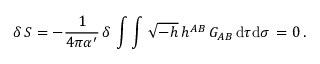
\delta \, S = - \frac { 1 } { 4 \pi { \alpha } ^ { \prime } } \, \delta \, \int \int \, \sqrt { - h } \, h ^ { A B } \, G _ { A B } \, \mathrm { d } \tau \mathrm { d } \sigma \, = 0 \, .